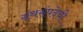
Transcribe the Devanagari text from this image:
ग्रंथसंपदेची